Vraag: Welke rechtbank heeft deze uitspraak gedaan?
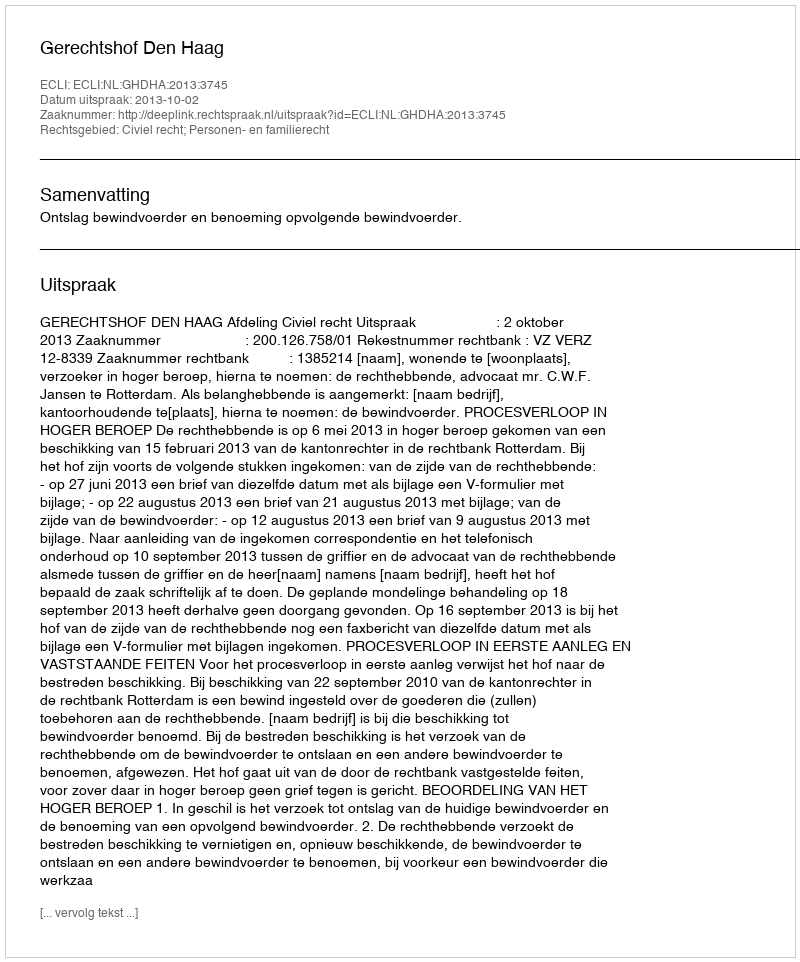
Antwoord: Gerechtshof Den Haag